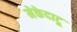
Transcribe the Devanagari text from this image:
मेकेदाटू